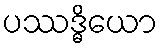
ပဿဒ္ဓိယော